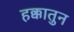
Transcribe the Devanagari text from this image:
हक्कातुन